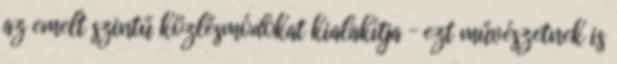
az emelt szintű közlésmódokat kialakítja – ezt művészetnek is